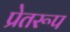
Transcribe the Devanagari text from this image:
प्रेतरूप